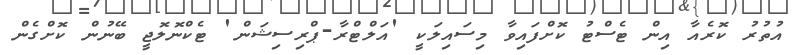
އުތުރު ކޮރެއާ އިން ޓެސްޓު ކޮށްފައިވާ މިސައިލަކީ 'އަލްޓްރާ-ޕްރިސިޝަން' ޓެކްނޮލޮޖީ ބޭނުން ކޮށްގެން